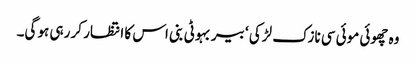
وہ چھوئی موئی سی نازک لڑکی ‘ بیر بہوٹی بنی اس کا انتظار کر رہی ہو گی۔